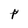
Character: p